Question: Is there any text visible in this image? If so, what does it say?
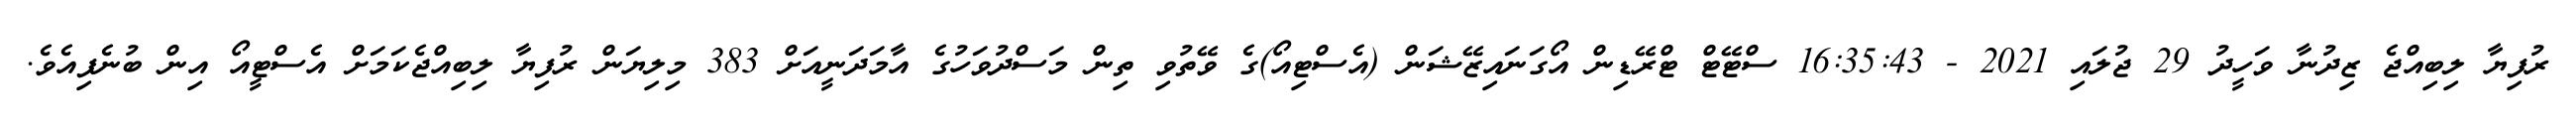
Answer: ރުފިޔާ ލިބިއްޖެ ޒިދުނާ ވަހީދު 29 ޖުލައި 2021 - 16:35:43 ސްޓޭޓް ޓްރޭޑިން އޯގަނައިޒޭޝަން (އެސްޓިއޯ)ގެ ވޭތުވި ތިން މަސްދުވަހުގެ އާމަދަނީއަށް 383 މިލިޔަން ރުފިޔާ ލިބިއްޖެކަމަށް އެސްޓީއޯ އިން ބުނެފިއެވެ.